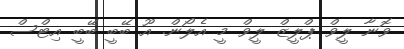
ވޮނާ ލީވް ޕްލީޒް ލީވް މީ އެލޯން. އޫ ބޭބީ ބޭބީ އިޓްސް